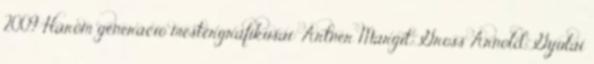
2009 Három generáció mestergrafikusai: Artner Margit, Gross Arnold, Gyulai